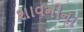
શાવનીના